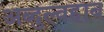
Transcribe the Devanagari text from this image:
अब्दुल्वहाब